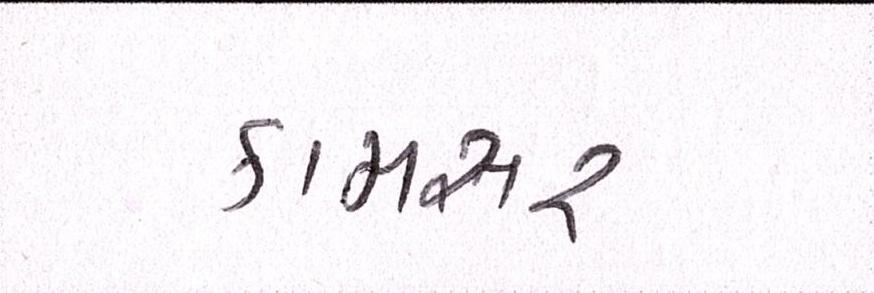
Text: કામસર